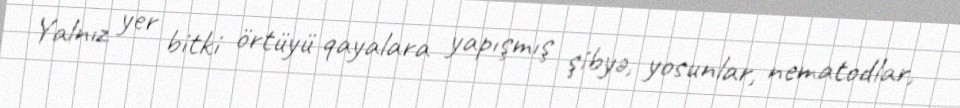
Yalnız yer bitki örtüyü qayalara yapışmış şibyə, yosunlar, nematodlar,